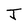
Character: J